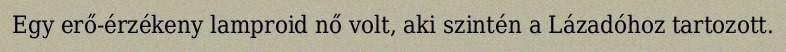
Egy erő-érzékeny lamproid nő volt, aki szintén a Lázadóhoz tartozott.